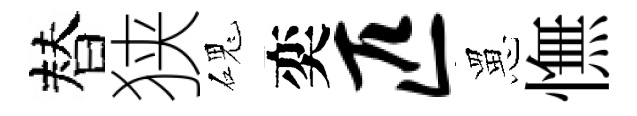
替狭磈奕匹罳憮